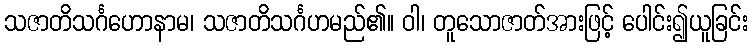
သဇာတိသင်္ဂဟောနာမ၊ သဇာတိသင်္ဂဟမည်၏။ ဝါ၊ တူသောဇာတ်အားဖြင့် ပေါင်း၍ယူခြင်း